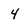
Character: 4